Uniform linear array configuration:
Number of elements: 16
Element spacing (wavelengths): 0.25
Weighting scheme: kaiser
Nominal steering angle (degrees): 30
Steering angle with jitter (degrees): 29.542
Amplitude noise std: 0.05
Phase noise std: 0.05

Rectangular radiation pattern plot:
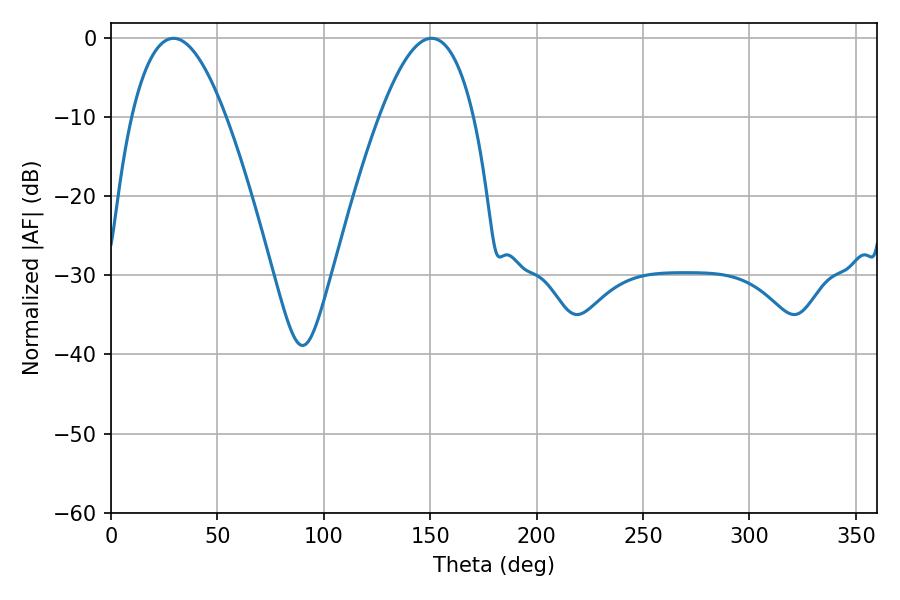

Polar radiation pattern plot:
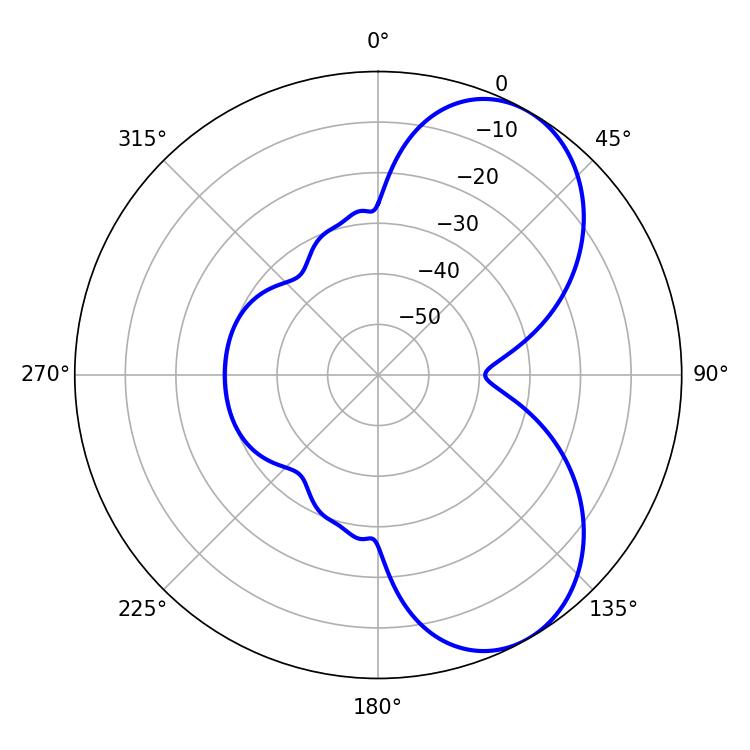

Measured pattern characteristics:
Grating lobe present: FALSE
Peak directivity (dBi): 6.39
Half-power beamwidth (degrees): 24.3
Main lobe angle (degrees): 29.34